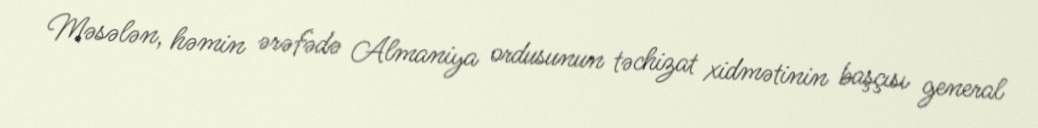
Məsələn, həmin ərəfədə Almaniya ordusunun təchizat xidmətinin başçısı general